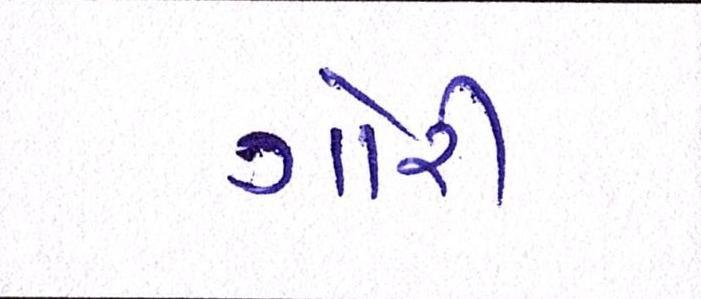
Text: ગોરી